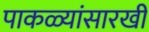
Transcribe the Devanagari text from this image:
पाकळ्यांसारखी